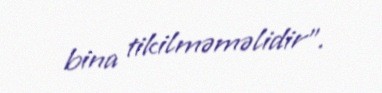
bina tikilməməlidir”.